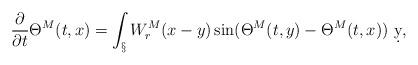
LaTeX: \begin{align*} \frac{\partial}{\partial t}\Theta^M(t,x) = \int_\S W_r^M(x-y) \sin(\Theta^M(t,y)-\Theta^M(t,x))\ \d y,\end{align*}